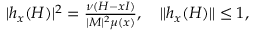
\begin{array} { r } { | h _ { x } ( H ) | ^ { 2 } = \frac { \nu ( H - x I ) } { | M | ^ { 2 } \mu ( x ) } , \quad \| h _ { x } ( H ) \| \leq 1 , } \end{array}